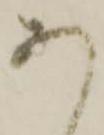
あ